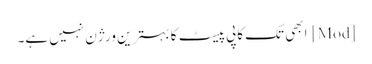
[Mod] ابھی تک کاپی پیسٹ کا بہترین ورژن نہیں ہے۔